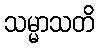
သမ္မာသတိ